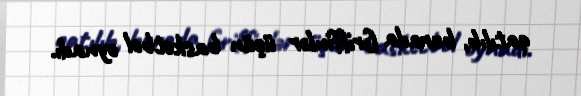
qatılıb, burada Griffinlər üçün basketbol oynadı.